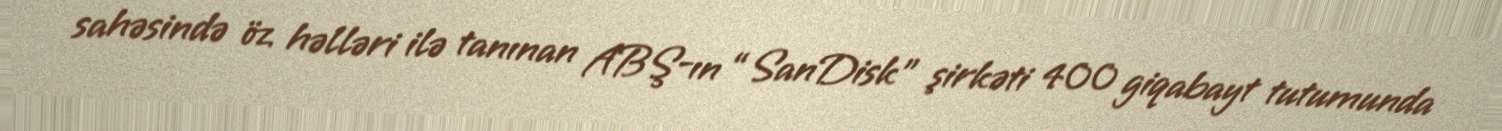
sahəsində öz həlləri ilə tanınan ABŞ-ın “SanDisk” şirkəti 400 giqabayt tutumunda